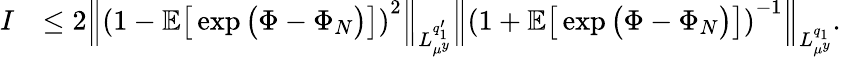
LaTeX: \begin{array}{rl}{I}&{\leq 2\left\| \left(1-\mathbb{E}\big[\exp\big(\Phi-\Phi_{N}\big)\big]\right)^{2}\right\| _{L_{\mu^{y}}^{q_{1}^{\prime}}}\left\| \left(1+\mathbb{E}\big[\exp\big(\Phi-\Phi_{N}\big)\big]\right)^{-1}\right\| _{L_{\mu^{y}}^{q_{1}}}.}\end{array}